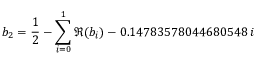
b _ { 2 } = \frac { 1 } { 2 } - \sum _ { i = 0 } ^ { 1 } \Re ( b _ { i } ) - 0 . 1 4 7 8 3 5 7 8 0 4 4 6 8 0 5 4 8 \, i